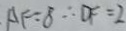
A F = 8 \therefore D F = 2